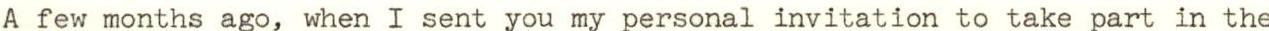
A few months ago, when I sent you my personal invitation to take part in the